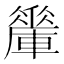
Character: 𨎯